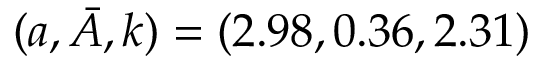
( a , \bar { A } , k ) = ( 2 . 9 8 , 0 . 3 6 , 2 . 3 1 )